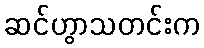
ဆင်ဟွာသတင်းက